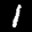
Label: 1